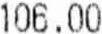
106.00